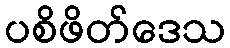
ပစိဖိတ်ဒေသ